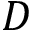
D